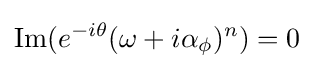
\operatorname {Im} (e^{-i\theta }(\omega +i\alpha _{\phi })^{n})=0